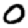
Digit: 0